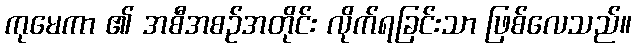
ကုမေကာ ၏ အစီအစဉ်အတိုင်း လိုက်ရခြင်းသာ ဖြစ်လေသည်။